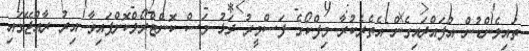
ތައިލެންޑުން އުފައްދައިގެން އެތެރެކުރާ މިފްކޯގެ ފަސްމީރު ދަޅު މަސް ކޮންޓްރޯލްކޮށްފައިވާ އިރު ރާއްޖޭގައި